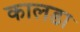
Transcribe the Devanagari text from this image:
कालडा